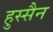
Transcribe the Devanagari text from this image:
हुस्सैन